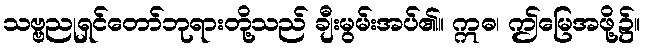
သဗ္ဗညုရှင်တော်ဘုရားတို့သည် ချီးမွမ်းအပ်၏။ ဣဓ၊ ဤမြေအဖို့၌။